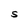
Character: S